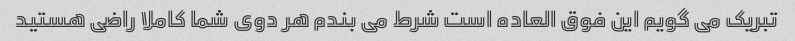
تبریک می گویم این فوق العاده است شرط می بندم هر دوی شما کاملا راضی هستید